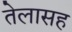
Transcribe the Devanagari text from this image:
तेलासह